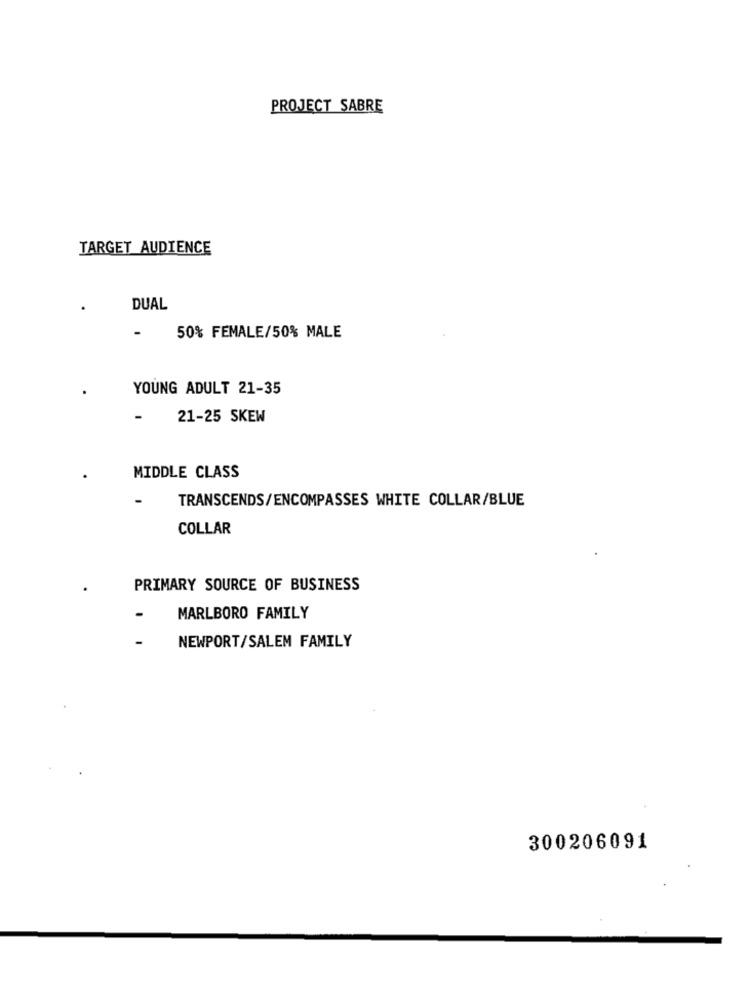
PROJECT SABRE
TARGET AUDIENCE
DUAL
-
50% FEMALE/50% MALE
YOUNG ADULT 21-35
-
21-25 SKEW
MIDDLE CLASS
TRANSCENDS/ENCOMPASSES WHITE COLLAR/BLUE
COLLAR
PRIMARY SOURCE OF BUSINESS
MARLBORO FAMILY
-
NEWPORT/SALEM FAMILY
300206091